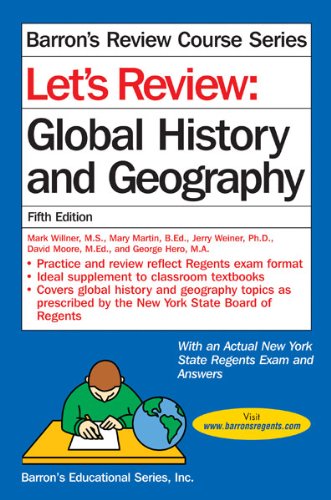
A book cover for Let's Review Global History and Geography (Let's Review Series); Mark Willner; Test Preparation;